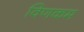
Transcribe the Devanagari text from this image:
विणकम